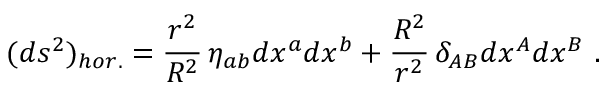
( d s ^ { 2 } ) _ { h o r . } = \frac { r ^ { 2 } } { R ^ { 2 } } \, \eta _ { a b } d x ^ { a } d x ^ { b } + \frac { R ^ { 2 } } { r ^ { 2 } } \, \delta _ { A B } d x ^ { A } d x ^ { B } \ .